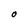
Character: O